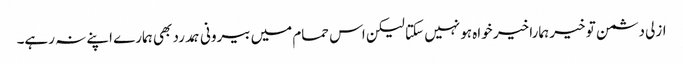
ازلی دشمن تو خیر ہمارا خیر خواہ ہو نہیں سکتا لیکن اس حمام میں بیرونی ہمدرد بھی ہمارے اپنے نہ رہے۔